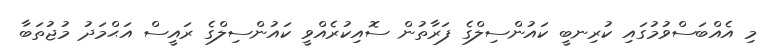
މި އެއްބަސްވުމުގައި ކުރިނބީ ކައުންސިލްގެ ފަރާތުން ސޮއިކުރެއްވީ ކައުންސިލްގެ ރައީސް އަޙްމަދު މުޖުތަބާ